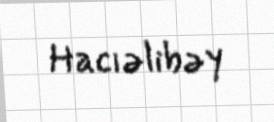
Hacıəlibəy